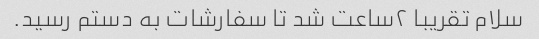
سلام تقریبا ۲ساعت شد تا سفارشات به دستم رسید.